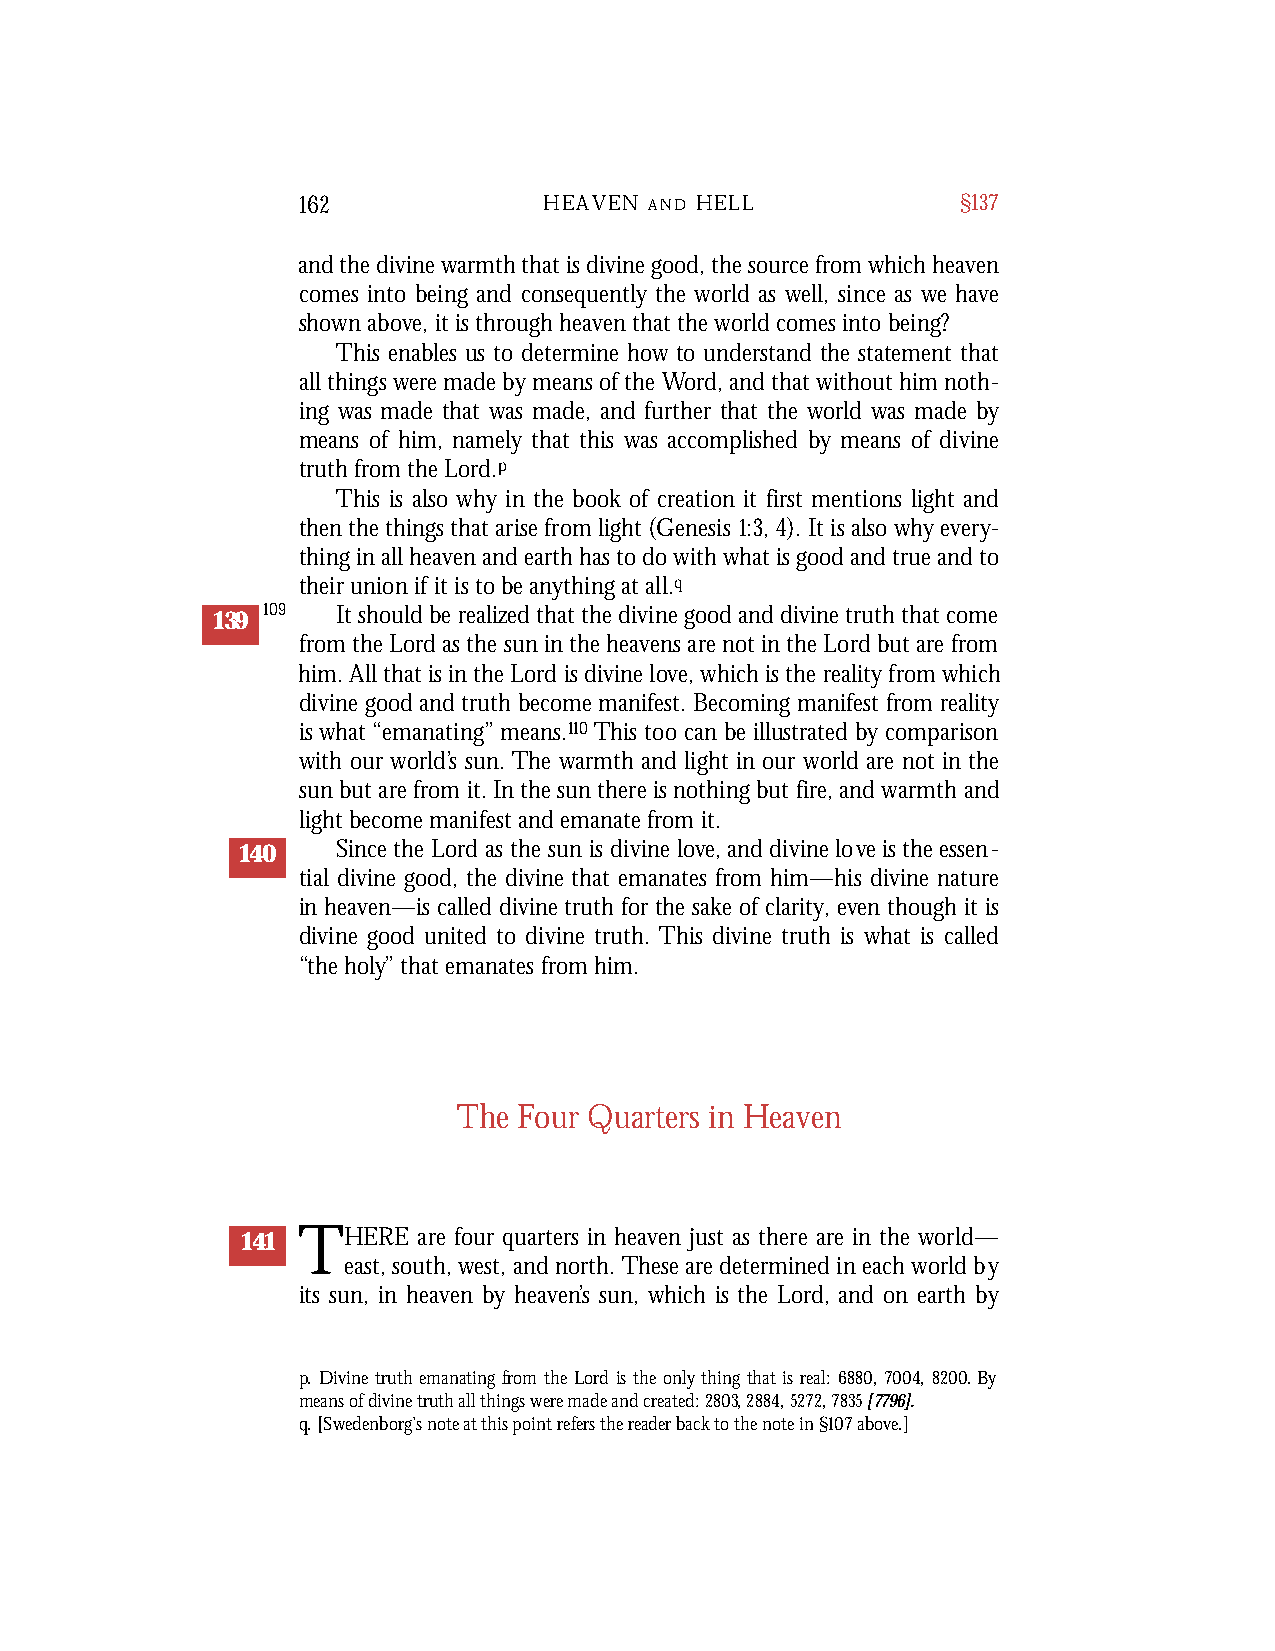
162             HEAVEN A N D H E L L        §137
 and the divine warmth that is divine good, the source from which heaven
 comes into being and consequently the world as well, since as we have
 shown above, it is through heaven that the world comes into being?
 This enables us to determine how to understand the statement that
 all things were made by means of the Word, and that without him noth-
 ing was made that was made, and further that the world was made by
 means of him, namely that this was accomplished by means of divine
 truth from the Lord.p
 This is also why in the book of creation it first mentions light and
 then the things that arise from light (Genesis 1:3,4). It is also why every-
 thing in all heaven and earth has to do with what is good and true and to
 their union if it is to be anything at all.q
 139 109 It should be realized that the divine good and divine truth that come
 from the Lord as the sun in the heavens are not in the Lord but are from
 him. All that is in the Lord is divine love, which is the reality from which
 divine good and truth become manifest. Becoming manifest from reality
 is what “emanating” means.110This too can be illustrated by comparison
 with our world’s sun. The warmth and light in our world are not in the
 sun but are from it. In the sun there is nothing but fire, and warmth and
 light become manifest and emanate from it.
 140   Since the Lord as the sun is divine love, and divine love is the essen-
 tial divine good, the divine that emanates from him—his divine nature
 in heaven—is called divine truth for the sake of clarity, even though it is
 divine good united to divine truth. This divine truth is what is called
 “the holy” that emanates from him.
 The Four Quarters in Heaven
 141 THERE   are four quarters in heaven just as there are in the world—
 east, south, west, and north. These are determined in each world by
 its sun, in heaven by heaven’s sun, which is the Lord, and on earth by
 p. Divine truth emanating from the Lord is the only thing that is real: 6880, 7004, 8200. By
 means of divine truth all things were made and created: 2803, 2884, 5272, 7835[7796].
 q. [Swedenborg’s note at this point refers the reader back to the note in §107above.]